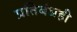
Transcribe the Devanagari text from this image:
प्रतिबंधही